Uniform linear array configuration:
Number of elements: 24
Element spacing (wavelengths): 1
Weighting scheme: exponential
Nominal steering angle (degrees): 45
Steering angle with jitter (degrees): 46.079
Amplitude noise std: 0.05
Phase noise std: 0.05

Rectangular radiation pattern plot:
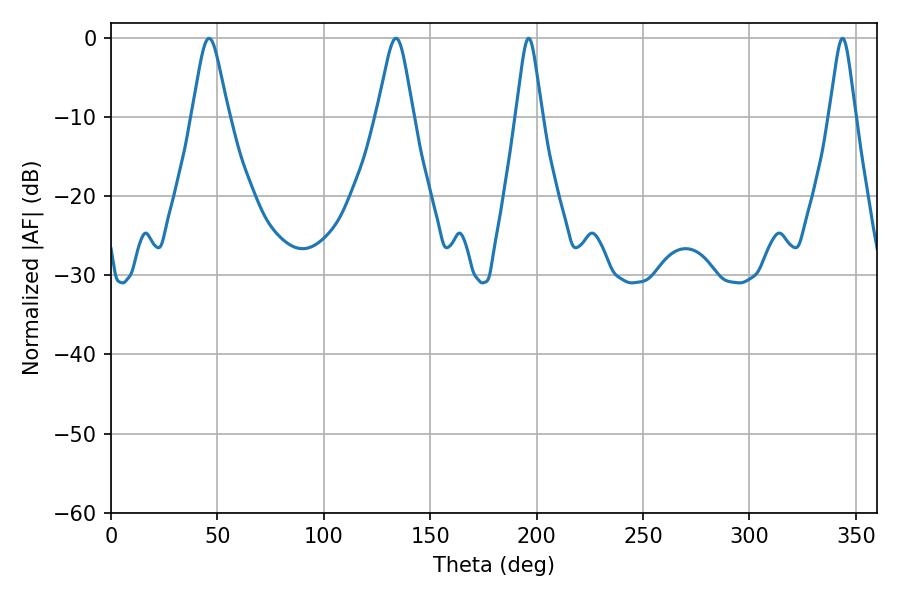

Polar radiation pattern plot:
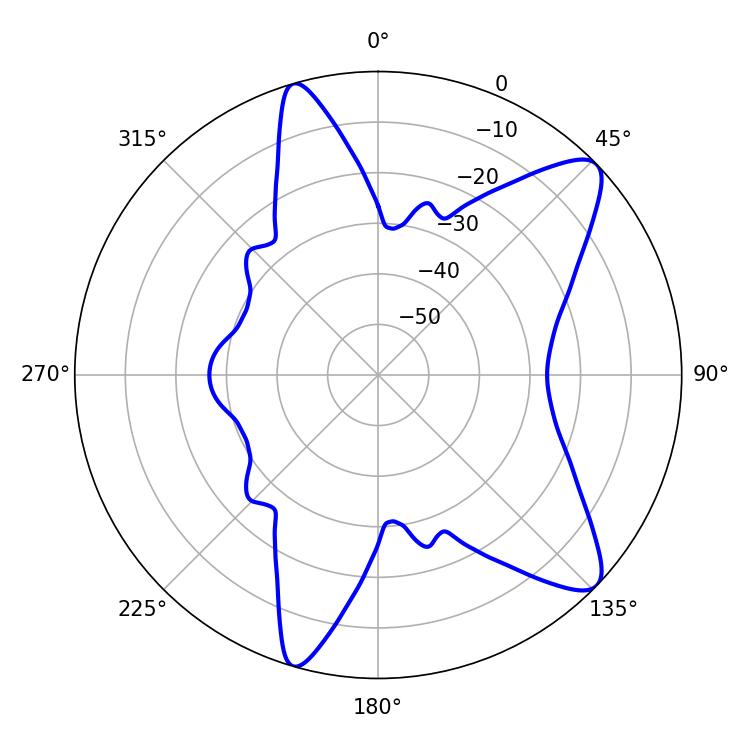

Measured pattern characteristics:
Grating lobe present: TRUE
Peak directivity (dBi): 10.374
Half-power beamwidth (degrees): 8.28
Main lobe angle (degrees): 46.08